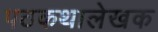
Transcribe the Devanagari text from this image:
पठकथालेखक